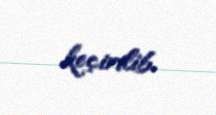
keçirilib.